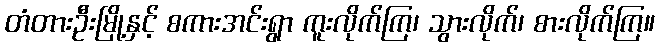
တံတားဦးမြို့နှင့် စကားအင်းရွာ ကူးလိုက်ကြ၊ သွားလိုက်၊ စားလိုက်ကြ။